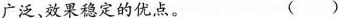
广泛、效果稳定的优点。 ()